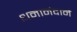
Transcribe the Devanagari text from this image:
धनानंदाने